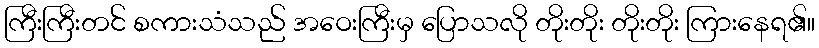
ကြီးကြီးတင် စကားသံသည် အဝေးကြီးမှ ပြောသလို တိုးတိုး တိုးတိုး ကြားနေရ၏။